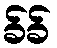
ခ်ခ်